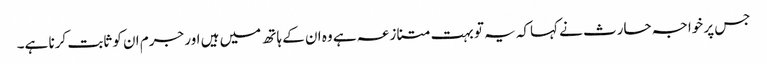
جس پر خواجہ حارث نے کہاکہ یہ تو بہت متنازعہ ہے وہ ان کے ہاتھ میں ہیں اور جرم ان کو ثابت کرنا ہے۔